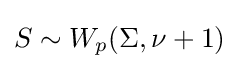
S\sim W_{p}(\Sigma ,\nu +1)